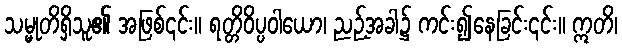
သမ္မုတိရှိသူ၏ အဖြစ်၎င်း။ ရတ္တိဝိပ္ပဝါယော၊ ညဉ့်အခါ၌ ကင်း၍နေခြင်း၎င်း။ ဣတိ၊